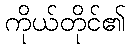
ကိုယ်တိုင်၏